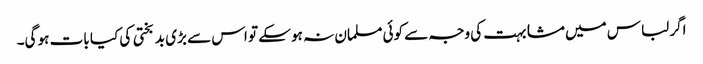
اگر لباس میں مشابہت کی وجہ سے کوئی مسلمان نہ ہو سکے تو اس سے بڑی بد بختی کی کیا بات ہو گی۔